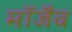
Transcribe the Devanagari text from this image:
माॅजैव